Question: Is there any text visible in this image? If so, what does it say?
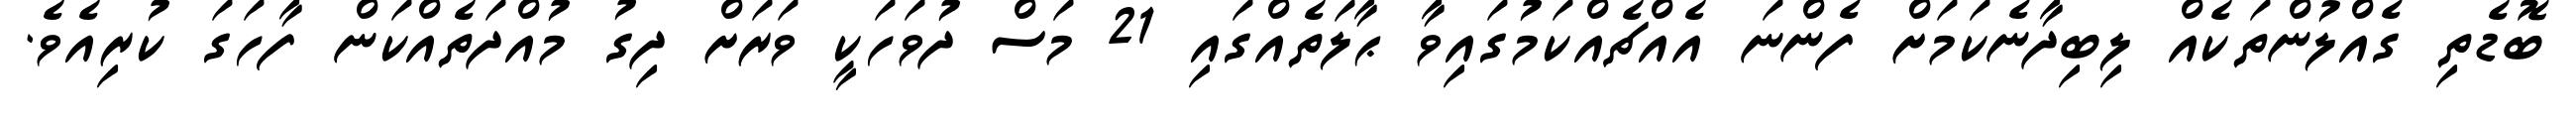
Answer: ބޮޑެތި ގެއްލުންތަކެއް ލިބިދާނެކަމަށް ފެންނަ އެއްޗެއްކަމުގައިވާ ޙާލަތެއްގައި 21 މަސް ދުވަހަކީ ވަރަށް ދިގު މުއްދަތެއްކަން ފާހަގަ ކުރިއެވެ.